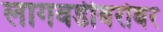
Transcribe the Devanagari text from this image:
लागवडीबरोबर